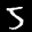
Label: 5